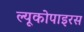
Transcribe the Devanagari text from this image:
ल्यूकोपाइरस